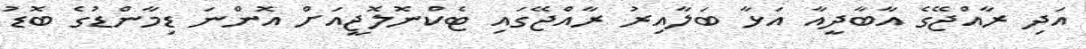
އަދި ރާއްޖޭގެ އާބާދީއާ އަޅާ ބަލާއިރު ރާއްޖޭގައި ޓެކްނޮލޮޖީއަށް އޮންނަ ޑިމާންޑުގެ ބޮޑު